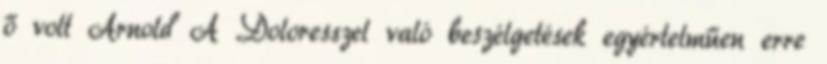
ő volt Arnold A Doloresszel való beszélgetések egyértelműen erre